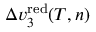
\Delta v _ { 3 } ^ { \mathrm { r e d } } ( T , n )